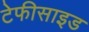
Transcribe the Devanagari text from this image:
टेफीसाइड